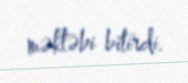
məktəbi bitirdi.